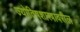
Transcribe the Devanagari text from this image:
ज्योतिषशास्त्रावरील